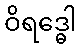
ဝိရဒ္ဓေါ